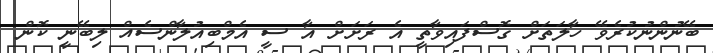
ބޭނުންނުކުރެވޭ ހާލަތަށް ގޮސްފައިވާތީ އެ ރަށަށް އާ ސީ އެމްބިއުލާންސެއް ލިބޭނީ ކޮން